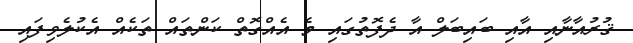
ޤުރުއާނާއި އާއި ބައިބަލް އާ ދެފޮތުގައި މެ އެއްގޮތް ކަންތައް ތަކެއް އެކުލެވިފައި